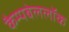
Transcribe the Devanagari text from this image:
कैम्पबेललॉक